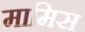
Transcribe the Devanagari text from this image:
मामिस